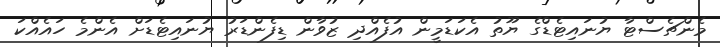
މެންޗެސްޓާ ޔުނައިޓެޑްގެ ޔޫތު އެކަޑަމީން އުފެއްދި ޒުވާން ޑިފެންޑަރު ޔުނައިޓެޑަށް އެންމެ ހައެއްކަ